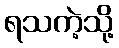
ရသကဲ့သို့